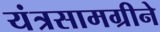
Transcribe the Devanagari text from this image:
यंत्रसामग्रीने